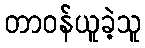
တာဝန်ယူခဲ့သူ